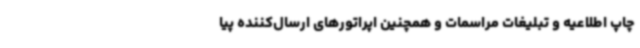
چاپ اطلاعیه و تبلیغات مراسمات و همچنین اپراتورهای ارسال‌کننده پیا